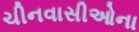
ચીનવાસીઓના